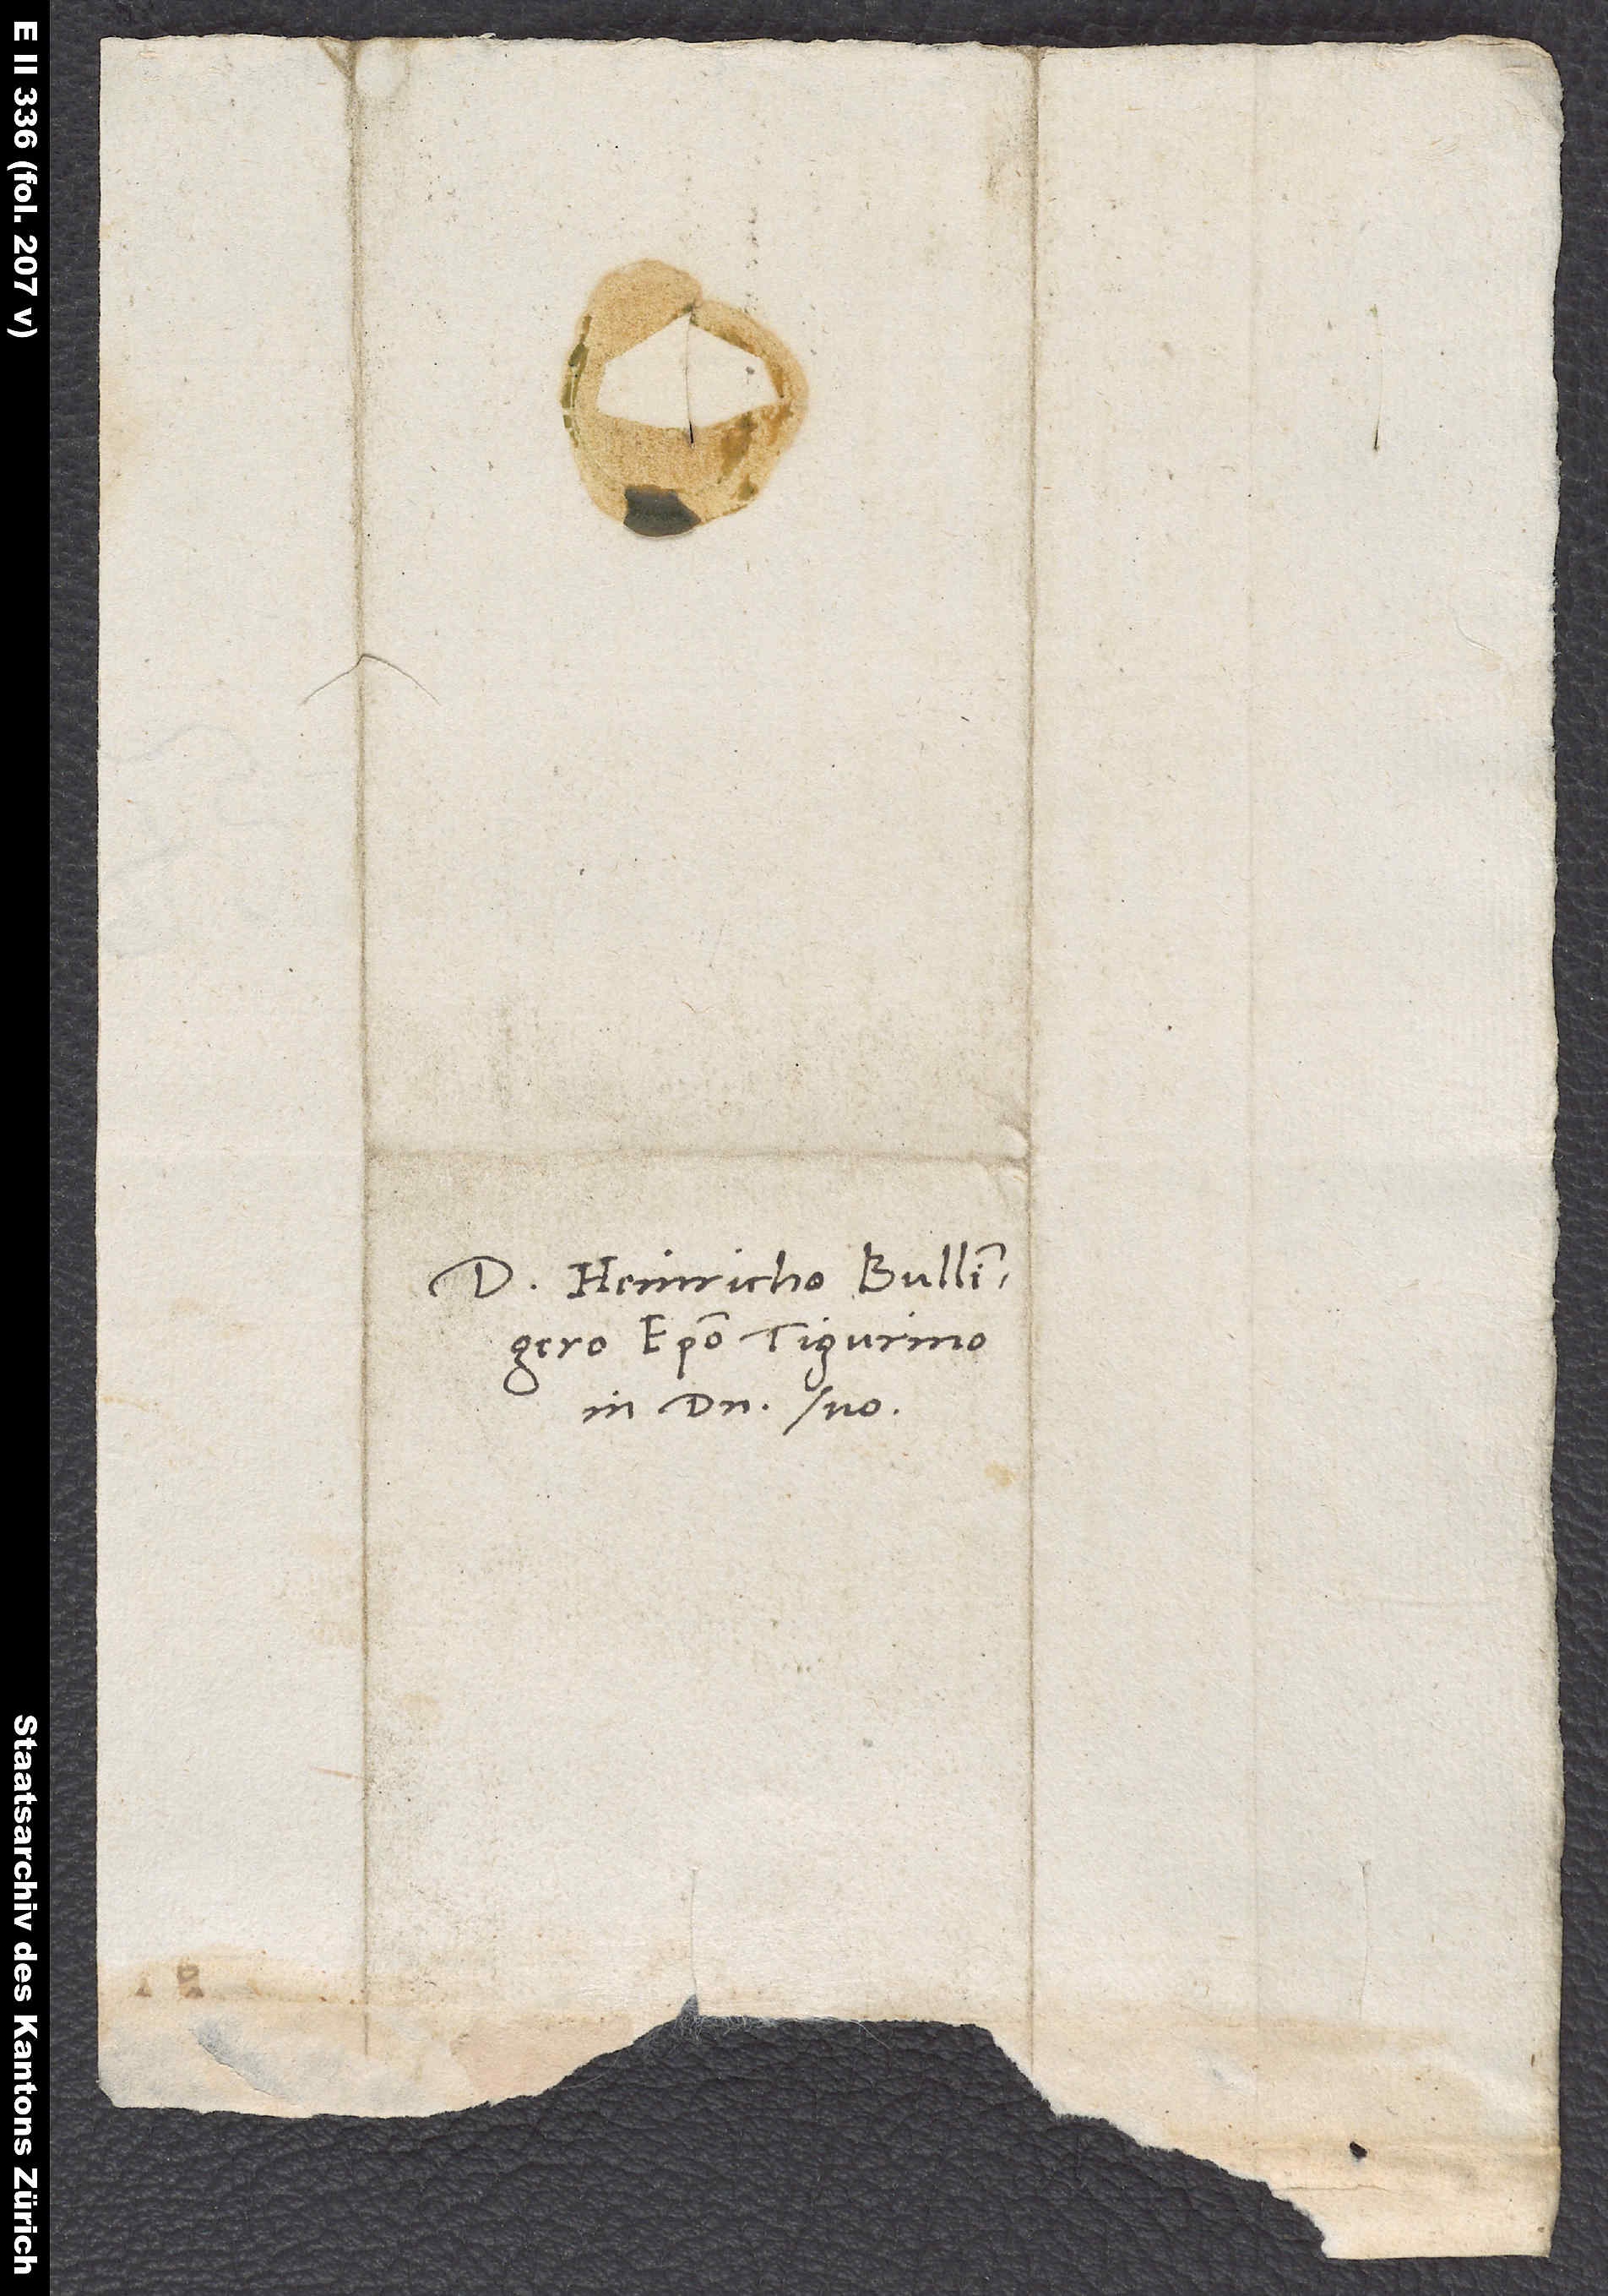
Domino Heinricho Bullingero,
episcopo Tigurino,
in domino suo.